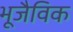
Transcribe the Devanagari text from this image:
भूजैविक